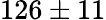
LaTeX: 126\pm 11